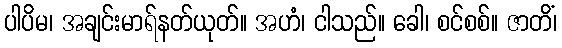
ပါပိမ၊ အချင်းမာရ်နတ်ယုတ်။ အဟံ၊ ငါသည်။ ခေါ၊ စင်စစ်။ ဇာတိံ၊